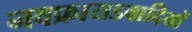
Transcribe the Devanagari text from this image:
नवफ्रायडवादियों